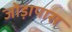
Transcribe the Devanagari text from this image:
जोड़ापास